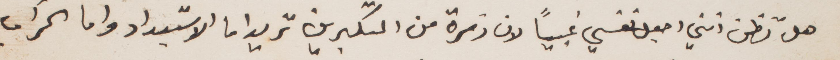
هل تظن انني اجعل نفسي غبيا لان زمرة من المكبرين تريد اما الاستبداد واما الخراب